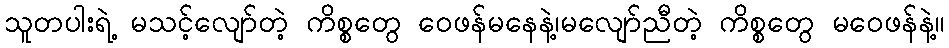
သူတပါးရဲ့ မသင့်လျော်တဲ့ ကိစ္စတွေ ဝေဖန်မနေနဲ့၊မလျော်ညီတဲ့ ကိစ္စတွေ မဝေဖန်နဲ့။